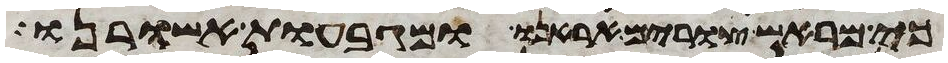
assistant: כי מראש צורים אראנו ומגבעות אשורנו